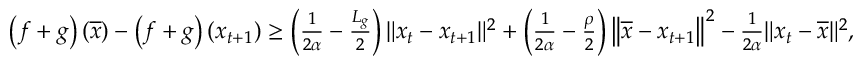
\begin{array} { r } { \left( f + g \right) \left( \overline { { x } } \right) - \left( f + g \right) \left( x _ { t + 1 } \right) \geq \left( \frac { 1 } { 2 \alpha } - \frac { L _ { g } } { 2 } \right) \| x _ { t } - x _ { t + 1 } \| ^ { 2 } + \left( \frac { 1 } { 2 \alpha } - \frac { \rho } { 2 } \right) \left\Vert \overline { { x } } - x _ { t + 1 } \right\Vert ^ { 2 } - \frac { 1 } { 2 \alpha } \| x _ { t } - \overline { { x } } \| ^ { 2 } , } \end{array}